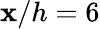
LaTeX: \mathbf{x}/h=6